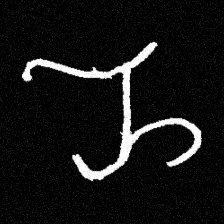
Pyu character \u2014 Myanmar letter: ည (romanized: nya)